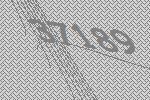
37189